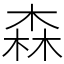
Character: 森